Vital statistics of India. Vol. VI, European troops 1870-79
Year: 1870
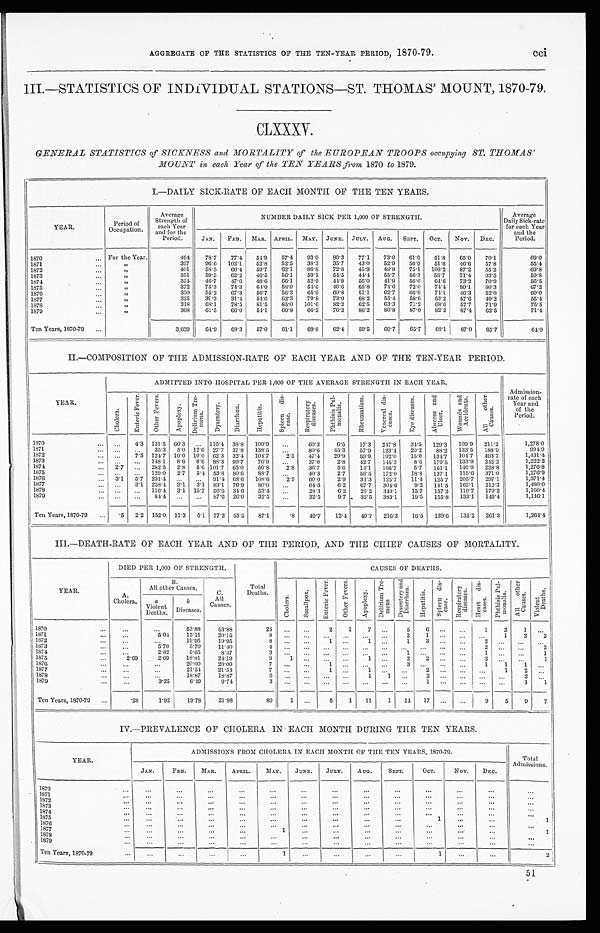
AGGREGATE OF THE STATISTICS OF THE TEN-YEAR PERIOD, 1870-79. cci
III.—STATISTICS OF INDIVIDUAL STATIONS—ST. THOMAS' MOUNT, 1870-79.
CLXXXV.
GENERAL STATISTICS of SICKNESS and MORTALITY of the EUROPEAN TROOPS occupying ST. THOMAS'
MOUNT in each, Year of the TEN YEARS from 1870 to 1879.
1.—DAILY SICK-RATE OF EACH MONTH OF THE TEN YEARS.
YEAR.
Period of
Occupation.
Average
Strength of
each Year
and for the
Period.
NUMBER DAILY SICK PER 1,000 OF STRENGTH.
Average
Daily Sick-rate
for each Year
and the
Period.
JAN. FEB. MAR. APRIL. MAY. JUNE. JULY. AUG. SEPT. OCT. NOV. DEC.
1870
For the Year.
464
78.7
77.4 54.9
57.4 93.0
80.3
77.1 73.0
61.0
51.8
65.0
70.1
69.0
1871
"
397
96.6 102.1
52.8
52.5
38.3
35.7
43.0 52.9
56.9 51.6 46.6
57.8
55.4
1872
"
401
58.5
66.4 5
59.7
62.1
86.8
72.8
4
45.9 48.8
551
75.1
56'3
108.2 87.2 55.2
69.8
1873
"
351
59.5
62.2 46.5
56.1
59.1
54.5
44.4
5 5 . 7
5 6 . 3 56.7
71.4 93.5
5 9 . 8
1874
"
354
46.7
47.6 48.6
66.1
52.9
44.9
56.0
4 1 . 9 56.0 64.6 73.2 70.9
56.5
1875
"
372
75.3
74.3
64.0 58.0
54.6 46.6
65.8
74.6
72.0 74.4
80.1
80.3
67.2
1876
"
350
55.2
67.3
56.7
56.3
65.9
60.8
51.1
62.7
66.0
74.1
46.3
52.0
60.0
1877
"
325
39.3
31.4 54.6
62.3
79.8 73.0
68.2
55.4
58.6 53.2
57.6 49.2
55.4
1878
"
318
68.1
78.5
81.5
85.0 101.6 82.2
62.5
6 3 . 3 71.2 68.6
57.7 71.9
75.5
1879
"
308
61.5
66.0
54.1
60.8
66.2
76.2
86.2 80.8
87.0 82.2 87.4 62.5
71.4
Ten Years, 1870-79
3,639 64.9
68.3
57.0
61.1
69.8
62.4
59.5
60.7
65.7
68.1
67.0 65.7
64.0
II.—COMPOSITION OF THE ADMISSION-RATE OF EACH YEAR AND OF THE TEN-YEAR PERIOD.
YEAR.
ADMITTED INTO HOSPITAL PER 1,000 OF THE AVERAGE STRENGTH IN EACH YEAR.
Admission-
rate of each
Year and
of the
Period.
C h o l e r a .
E n t e r i c F e v e r .
O t h e r F e v e r s .
A p o p l e x y .
D e l i r i u m T r e -
m e n s .
D y s e n t e r y .
Di a r r h œa .
H e p a t i t i s .
S p l e e n d i s -
e a s e .
R e s p i r a t o r y
d i s e a s e s .
P h t h i s i s P u l -
m o n a l i s .
R h e u m a t i s m .
V e n e r e a l d i s -
e a s e s .
E y e d i s e a s e s .
A b s c e s s a n d
Ul c e r .
Wo u n d s a n d
Ac c i d e n t s .
Al l ot he r
Caus es .
1870
...
4.3 131.5 60.3 ... 116.4 38.8 109.9 ...
60.3
6.5 17.3 247.8 34.5 129.3 109.9 211.2
1,278.0
1871
...
...
35.3 5.0 12.6 27.7 37.8 138.5 ...
80.6 45.3
57.9 123.4 20.2
88.2 133.5 188.9
994.9
1872
. . . 7.5 124.7 10.0 10.0 62.3 32.4 104.7
2.5 47.4 29.9
59.9 192.0
15.0 134.7 104.7 493.7
1,431.4
1873
... ... 148.1 8.6 8.6 88.3 99.7
76. 9 ...
37.0
2.8 42.7 145.3
8.6 179.5 133.9 242.2
1,222.2
1874
2.7 ... 282.5 2.8 5.6 101.7 65.0 50.8
2.8 36.7
5.6 14.1 166.7
5.7 161.1 146.9 228.8
1,276.8
1875
... ... 129.0 2.7 5.4 53.8 80.6
88.7 ...
40.3
2.7
56.5 172.0 18.8 137.1 115.6 371.0
1,276.9
1876
3.1 5.7 231.4
. . .
. . . 91.4 68.6 108.6
2.9 60.0
2.9
34.3 125.7
11.4 125.7 205.7 297.1
1,371.4
1877
. . . 3.1 258.4 3.1 3.1 83.1 76.9
80.0 ...
64.6
6.2
67.7 304.6
9.2 141.5 163.1 212.3
1,480.0
1878
... ... 116.4 3.1 15.7 56.6 34.6
53.4 ...
28.3
6.2
25.2 349.1 15.7 157.2 119.7 179.2
1,160.4
1870
...
...
84.4 ... ... 87.6 26.0
32.5 ...
32.5
9.7
32.5 383.1
19.5 155.8 133.1 149.4
1,146.1
Ten Years, 1870-79
.5 2.2 152.0 11.3 6.1 77.2 55.5 87.1
.8
49.7
12.4
40.7 _216.3
1 6 . 5
139.6 135.2 261.3
1,264.1
III.—DEATH-RATE OF EACH YEAR AND OF THE PERIOD, AND THE CHIEF CAUSES OF MORTALITY.
YEAR.
DIED PER 1,000 OF STRENGTH.
Total
Deaths.
CAUSES OF DEATHS.
A.
Cholera.
B.
All other Causes.
C.
All
Causes.
C h o l e r a .
S ma l l p o x .
E n t e r i c F e v e r .
O t h e r F e v e r s .
Ap o p l e x y .
Del i ri um Tre-
mens
D y s e n t e r y a n d
Di a r r h œa .
He p a t i t i s .
Spl e e n di s -
ease.
R e s p i r a t o r y
d i s e a s e s .
H e a r t d i s -
e a s e s . P h t h i s i s P u l -
mo n a l i s . Al l o t h e r
Ca u s e s .
Vi ol ent
Deat hs .
a
Violent
Deaths.
b
Diseases. '
1870
. . .
. . .
5 3 . 8 8 53.88
2 5
. . . . . .
2
1
7 ...
5
6
. . .
. . . 1
2
1 ...
1871
. . .
5.04
1 5 . 1 1
20.15
8 . . . . . .
. . .
. . .
. . . . . .
2
1
. . .
. . .
. . . 1
2
2
1872
. . .
. . . 19.95
19.95
8
. . . . . .
1
. . .
1
. . . 1
3 ...
...
2
. . .
. . .
. . .
1873
. . .
5.70
5.70
11.40
4 . . . . . .
. . .
. . . . . .
. . . . . .
. . .
. . .
. . .
2
. . .
. . . 2
1874
. . .
2.82
5.65
8.47
3
. . . . . .
. . .
. . .
. . .
. . . 1
. . .
. . .
. . .
1
. . .
. . . 1
1875
2.69
2.69
18.81
24.19
9
1
. . . ...
. . .
1
. . . 2
2 ...
...
2
. . .
. . . 1
1876
. . .
. . .
2 0 . 0 0 20.00
7 ...
...
1 ...
. . . ...
3
. . .
. . .
. . .
1
1
1
. . .
1877
. . .
. . . 21.54
21.54
7 ...
...
1 ...
1
. . .
. . .
2
. . .
. . .
. . . 1
2 ...
1878
. . .
. . . 18.87
18.87
6
. . .
. . .
. . .
. . . 1
. 1 . . . . .
2
. . .
. . .
. . .
. . .
2
. . .
1879
. . .
3.25
6.49
9.74
3
. . .
. . .
. . . . . .
. . .
. . .
. . .
1 ... ...
. . . ...
1
1
Ten Years, 1870-79
.28
1.92
19.78
21.98
80
1 ...
5
1 11
1 14 17 ...
. . . 9
5
9
7
IV.—PREVALENCE OF CHOLERA IN EACH MONTH DURING THE TEN YEARS.
YEAR.
ADMISSIONS FROM CHOLERA IN EACH MONTH OF THE TEN YEARS, 1870-79.
Total
Admissions.
JAN.
FEB.
MAR.
APRIL.
MAY. JUNE.
JULY.
AUG.
SEPT.
OCT.
NOV. DEC.
1870
...
...
...
...
...
...
. . . ...
...
...
...
...
...
1871
...
...
. . .
...
...
...
...
. . .
. . .
...
. . .
...
...
1872
...
...
...
...
...
...
...
...
...
...
...
...
...
1873
...
...
...
...
...
...
...
. . .
...
...
...
. . .
. . .
1874
...
...
...
...
...
...
...
...
...
...
...
...
1875
...
. . .
...
. . .
...
. . .
. . .
...
...
1
...
. . .
1
1876
...
. . . ...
...
...
. . .
...
...
...
...
...
...
1877
. . .
. . .
. . .
...
1
. . .
. . .
. . .
. . .
. . .
. . .
. . .
. 1 . .
1878
. . .
...
. . .
. . .
. . .
. . .
. . .
. . .
. . .
. . .
. . .
. . .
. . .
1 8 7 9
...
...
...
...
...
...
...
...
. . .
...
. . .
. . .
...
...
...
Ten Years, 1870-79
...
...
...
. . .
1
...
...
. . . ...
1
...
...
2
51